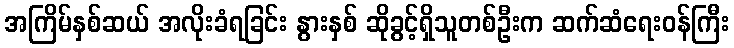
အကြိမ်နှစ်ဆယ် အလိုးခံရခြင်း နွားနှစ် ဆိုခွင့်ရှိသူတစ်ဦးက ဆက်ဆံရေးဝန်ကြီး